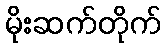
မိုးဆက်တိုက်